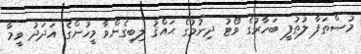
މުޞްޠަފާ ލުޠުފީ ބަހާރުގެ ވޯޓު ދިނުމުގެ ޙައްޤު ލިބިގެންވާ މީހުންގެ އަދަދު ވީމާ